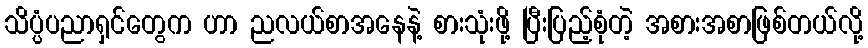
သိပ္ပံပညာရှင်တွေက ဟာ ညလယ်စာအနေနဲ့ စားသုံးဖို့ ပြီးပြည့်စုံတဲ့ အစားအစာဖြစ်တယ်လို့